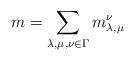
LaTeX: \begin{align*}m = \sum \limits_{\lambda, \mu, \nu \in \Gamma} m_{\lambda, \mu}^\nu\end{align*}